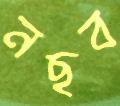
নছব